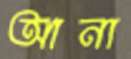
আনা